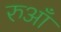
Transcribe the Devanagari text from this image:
रुआँ